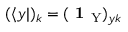
( \langle y | ) _ { k } = ( \textbf { 1 } _ { \mathrm { Y } } ) _ { y k }